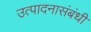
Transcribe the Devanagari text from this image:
उत्पादनासंबंधी